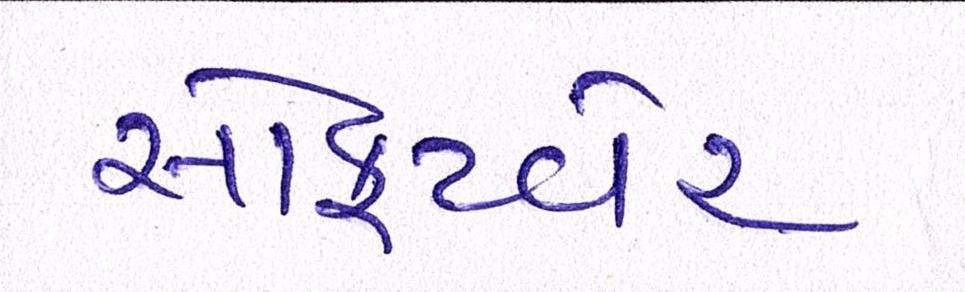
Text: સોફટવેર